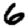
Digit: 6